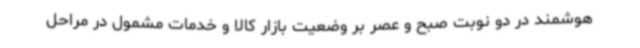
هوشمند در دو نوبت صبح و عصر بر وضعیت بازار کالا و خدمات مشمول در مراحل